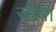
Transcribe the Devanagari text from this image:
सोबा